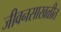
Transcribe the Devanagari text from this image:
जीवनसाखळीत